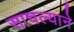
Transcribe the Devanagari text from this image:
साचल्याने